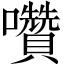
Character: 囋